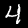
Digit: 4